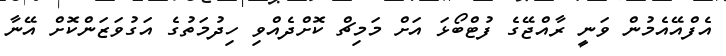
އެފްއޭއެމުން ވަނީ ރާއްޖޭގެ ފުޓްބޯޅަ އަށް މަމިޗް ކޮށްދެއްވި ހިދުމަތުގެ އަގުވަޒަންކޮށް އޭނާ